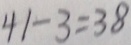
4 1 - 3 = 3 8